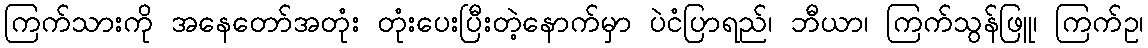
ကြက်သားကို အနေတော်အတုံး တုံးပေးပြီးတဲ့နောက်မှာ ပဲငံပြာရည်၊ ဘီယာ၊ ကြက်သွန်ဖြူ၊ ကြက်ဥ၊